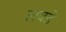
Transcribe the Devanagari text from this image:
लबडे